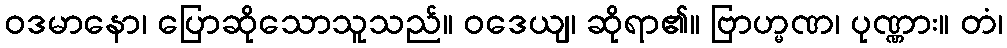
ဝဒမာနော၊ ပြောဆိုသောသူသည်။ ဝဒေယျ၊ ဆိုရာ၏။ ဗြာဟ္မဏ၊ ပုဏ္ဏား။ တံ၊